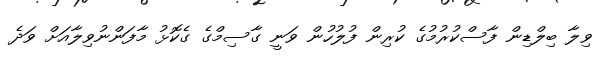
ވިލާ ބިލްޑިން ފާސްކުރުމުގެ ކުރިން ފުލުހުން ވަނީ ގާސިމްގެ ގެކޮޅު މާފަންނުވިލާއަށް ވަދެ